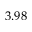
3 . 9 8